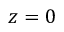
z = 0